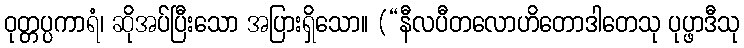
ဝုတ္တပ္ပကာရံ၊ ဆိုအပ်ပြီးသော အပြားရှိသော။ (“နီလပီတလောဟိတောဒါတေသု ပုပ္ဖာဒီသု